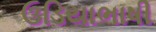
ઉડિયાભાષી